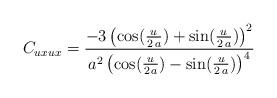
LaTeX: \begin{align*}C_{uxux} = {{-3\,{{\left( \cos ({u\over {2\,a}}) + \sin ({u\over {2\,a}}) \right) }^2}}\over {{a^2}\,{{\left( \cos ({u\over {2\,a}}) - \sin ({u\over {2\,a}}) \right) }^4}}}\end{align*}